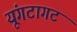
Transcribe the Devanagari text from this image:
यूंगटागट